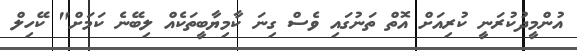
އުންމީދުކުރަނީ ކުރިއަށް އޮތް ތަނުގައި ވެސް ގިނަ ކާމިޔާބީތަކެއް ލިބޭނެ ކަމަށް" ކޭހިލް